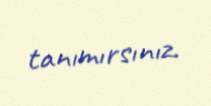
tanımırsınız.